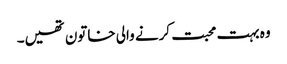
وہ بہت محبت کرنے والی خاتون تھیں۔